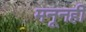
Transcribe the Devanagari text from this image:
मनूनही